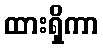
ထားရှိကာ